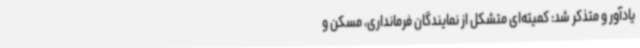
یادآور و متذکر شد: کمیته‌ای متشکل از نمایندگان فرمانداری، مسکن و